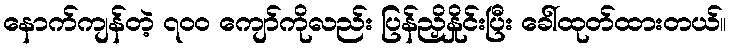
နောက်ကျန်တဲ့ ၇၀၀ ကျော်ကိုလည်း ပြန်ညှိနှိုင်းပြီး ခေါ်ထုတ်ထားတယ်။